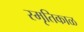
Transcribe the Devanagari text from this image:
स्मृतिकाळ